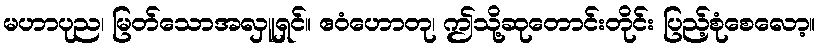
မဟာပုည၊ မြတ်သောအလှူရှင်။ ဧဝံဟောတု၊ ဤသို့ဆုတောင်းတိုင်း ပြည့်စုံစေလော့။